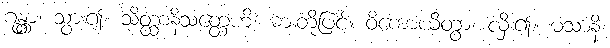
ဂန္တွာ၊ သွား၍။ သိတ္ထာနိသတ္ထေဟိ၊ ဓားတို့ဖြင့်။ ဝိကောယိတွာ၊ လှီး၍။ မံသာနိ၊